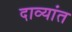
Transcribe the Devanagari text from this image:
दाव्यांत